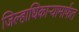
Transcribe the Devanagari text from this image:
जिल्हाधिकाऱ्यामार्फत